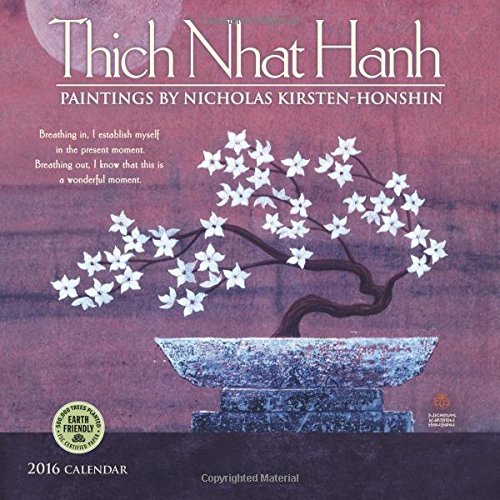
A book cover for Thich Nhat Hanh 2016 Wall Calendar; Thich Nhat Hanh; Religion & Spirituality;